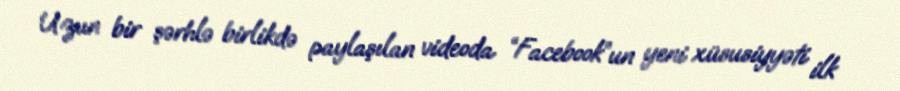
Uzun bir şərhlə birlikdə paylaşılan videoda “Facebook”un yeni xüsusiyyəti ilk